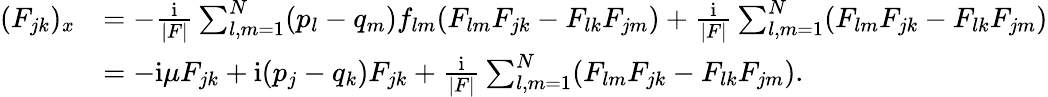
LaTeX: \begin{array}{rl}{(F_{jk})_{x}}&{=-{\frac{\mathrm{i}}{|F|}}\sum_{l,m=1}^{N}(p_{l}-q_{m})f_{lm}(F_{lm}F_{jk}-F_{lk}F_{jm})+{\frac{\mathrm{i}}{|F|}}\sum_{l,m=1}^{N}(F_{lm}F_{jk}-F_{lk}F_{jm})}\\ &{=-\mathrm{i}\mu F_{jk}+\mathrm{i}(p_{j}-q_{k})F_{jk}+{\frac{\mathrm{i}}{|F|}}\sum_{l,m=1}^{N}(F_{lm}F_{jk}-F_{lk}F_{jm}).}\end{array}